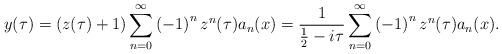
LaTeX: \begin{align*}y(\tau)=\left( z(\tau)+1\right) \sum_{n=0}^{\infty}\left( -1\right)^{n}z^{n}(\tau)a_{n}(x)=\frac{1}{\frac{1}{2}-i\tau}\sum_{n=0}^{\infty}\left(-1\right) ^{n}z^{n}(\tau)a_{n}(x). \end{align*}